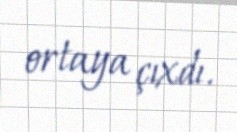
ortaya çıxdı.